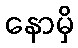
နောမှိ